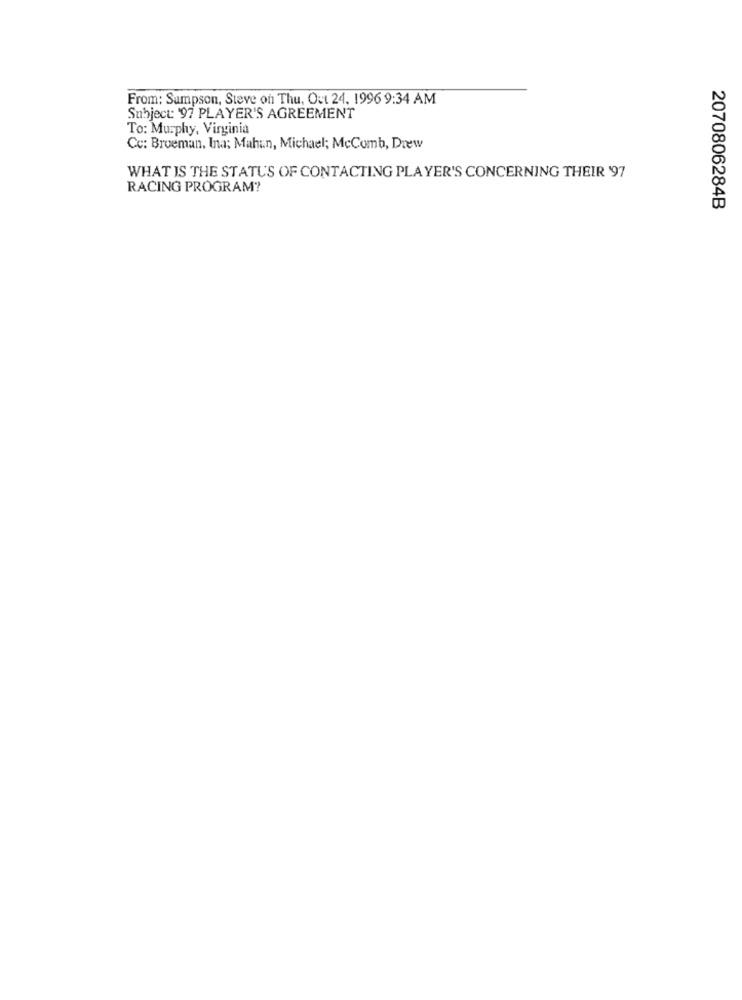
From: Sampson, Steve on Thu, Out 24, 1996 9:34 AM
Subject: '97 PLAYER'S AGREEMENT
To: Murphy, Virginia
Cc: Broeman, Ina; Mahun, Michael; McComb, Drew
WHAT IS THE STATUS OF CONTACTING PLAYER'S CONCERNING THEIR '97
RACING PROGRAM?
2070806284B